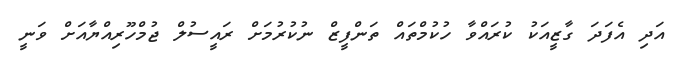
އަދި އެފަދަ ގާޒީއަކު ކުރައްވާ ހުކުމްތައް ތަންފީޒް ނުުކުރުމަށް ރައީސުލް ޖުމްހޫރިއްޔާއަށް ވަނީ